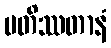
ပတိဿတာနံ